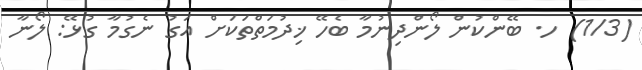
(1/3) ހ. ބޭންކުން ލޯންދިނުމާ ބެހޭ ޚިދުމަތްތަކަށް އަގު ނެގުމާ ގުޅޭ: ލޯނާ